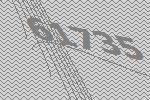
61735